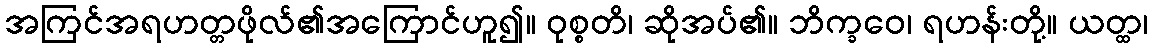
အကြင်အရဟတ္တဖိုလ်၏အကြောင်ဟူ၍။ ဝုစ္စတိ၊ ဆိုအပ်၏။ ဘိက္ခဝေ၊ ရဟန်းတို့။ ယတ္ထ၊